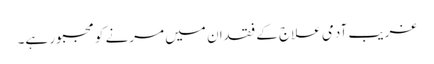
غریب آدمی علاج کے فقدان میں مرنے کو مجبور ہے۔